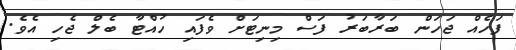
ފަހެއް ޖަހަން ބަރާބަރު ފަސް މިނިޓަށް ވެފައި ހުއްޓާ ބެލް ޖެހި އެވެ.